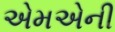
એમએની